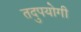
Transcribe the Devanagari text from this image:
तदुपयोगी